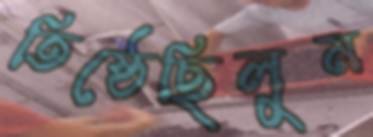
তিষ্ঠেছিলুম